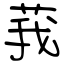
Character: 莪